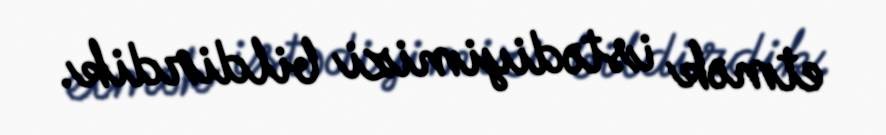
etmək istədiyimizi bildirdik.